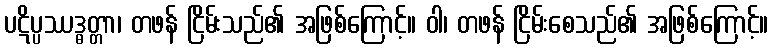
ပဋိပ္ပဿဒ္ဓတ္တာ၊ တဖန် ငြိမ်းသည်၏ အဖြစ်ကြောင့်။ ဝါ၊ တဖန် ငြိမ်းစေသည်၏ အဖြစ်ကြောင့်။